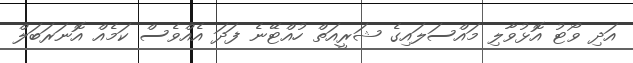
އަދި ވޯޓު އޮޅުވާލި މައްސަލައިގެ ޝަރީއަތް ހުއްޓޭނެ ފަދަ އެއްވެސް ކަމެއް އޮނަރަބަލް